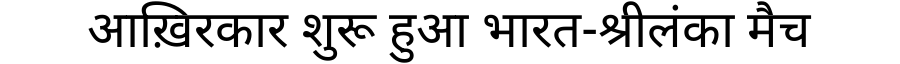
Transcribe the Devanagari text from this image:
आख़िरकार शुरू हुआ भारत-श्रीलंका मैच